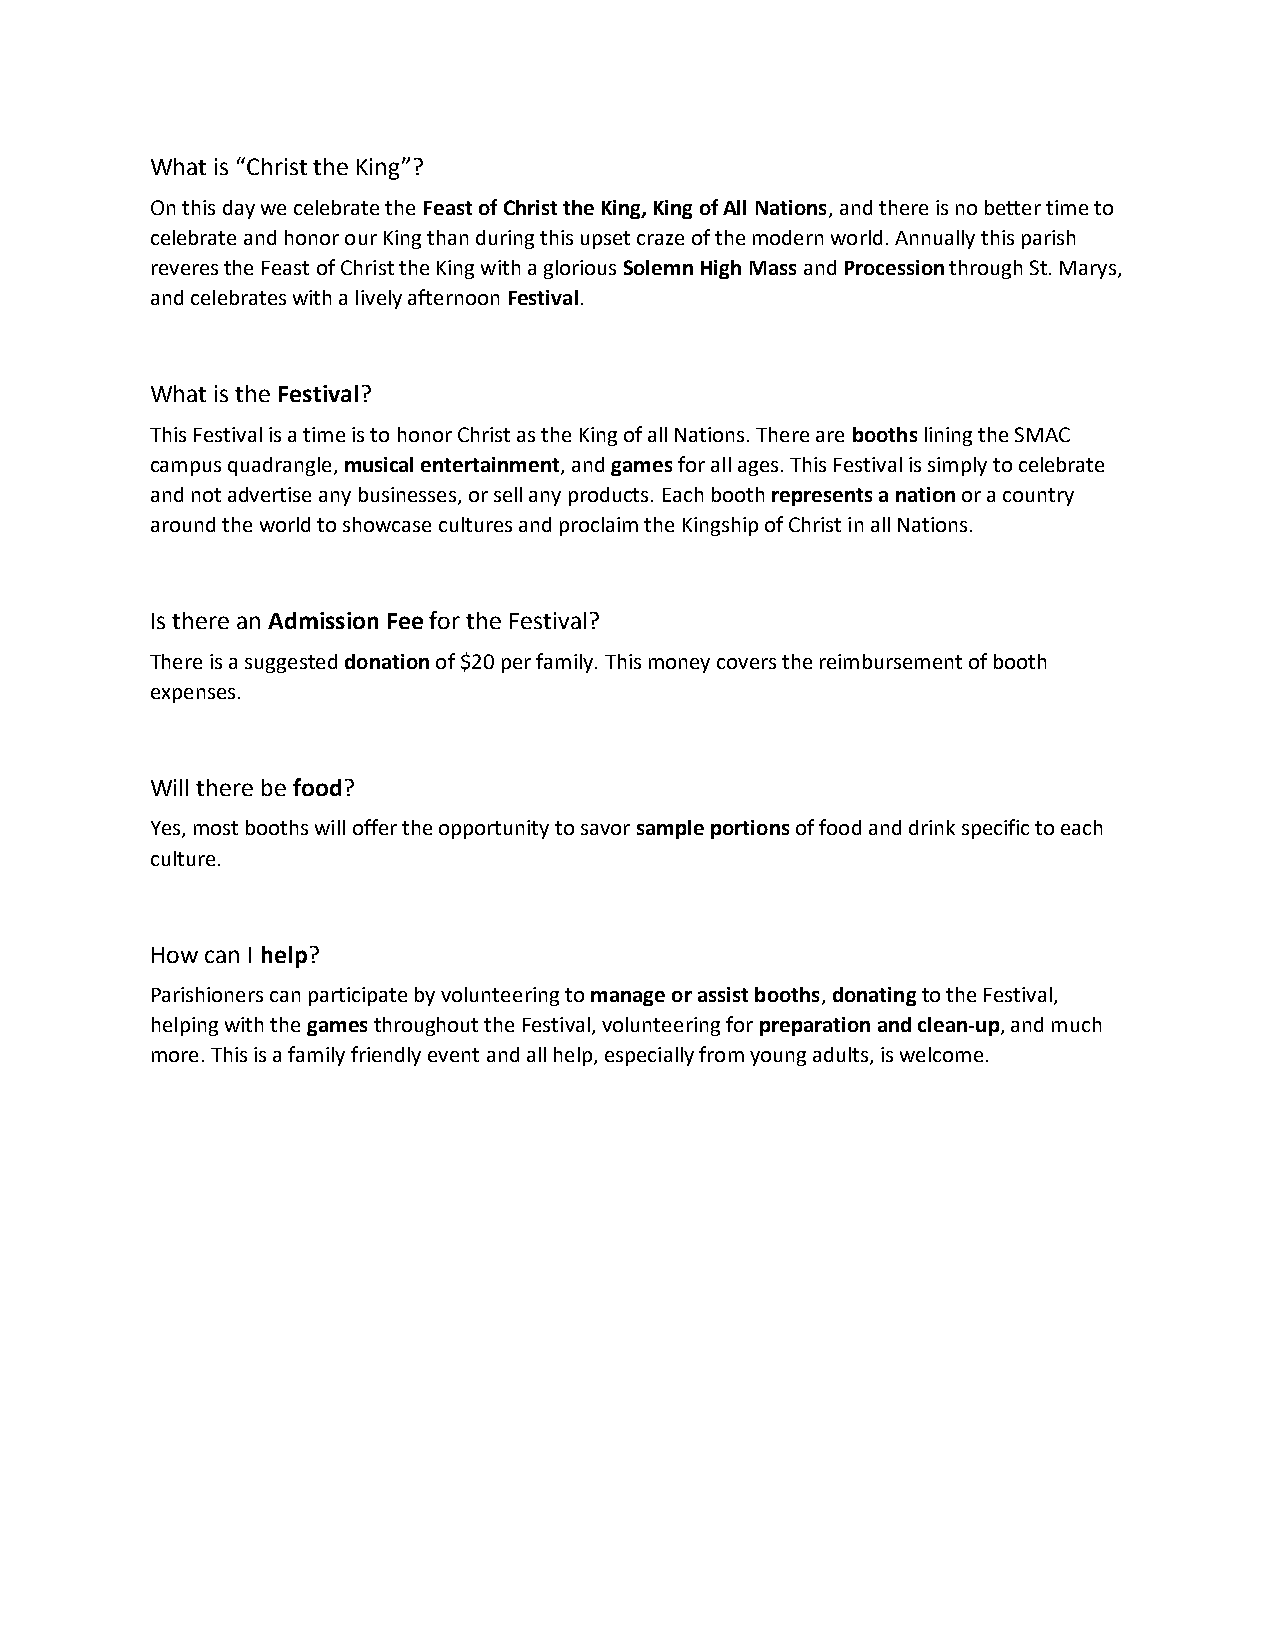
What is “Christ the King”?
 On this day we celebrate the Feast of Christ the King, King of All Nations, and there is no better time to
 celebrate and honor our King than during this upset craze of the modern world. Annually this parish
 reveres the Feast of Christ the King with a glorious Solemn High Mass and Procession through St. Marys,
 and celebrates with a lively afternoon Festival.
 What is the Festival?
 This Festival is a time is to honor Christ as the King of all Nations. There are booths lining the SMAC
 campus quadrangle, musical entertainment, and games for all ages. This Festival is simply to celebrate
 and not advertise any businesses, or sell any products. Each booth represents a nation or a country
 around the world to showcase cultures and proclaim the Kingship of Christ in all Nations.
 Is there an Admission Fee for the Festival?
 There is a suggested donation of $20 per family. This money covers the reimbursement of booth
 expenses.
 Will there be food?
 Yes, most booths will offer the opportunity to savor sample portions of food and drink specific to each
 culture.
 How can I help?
 Parishioners can participate by volunteering to manage or assist booths, donating to the Festival,
 helping with the games throughout the Festival, volunteering for preparation and clean-up, and much
 more. This is a family friendly event and all help, especially from young adults, is welcome.